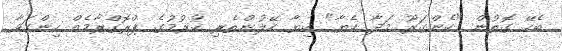
ބެހޭ ގޮތުން "ކެންގަރޫ މަދާ ކެޔާ" ކިޔާ ހޭލުންތެރި ކުރުމުގެ ޕްރޮގްރާމެއް ހިންގަވާ